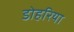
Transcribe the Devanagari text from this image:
डोहरिया